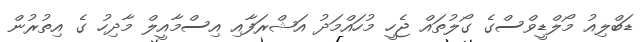
ޑަބްލިއު މޯލްޑީވްސްގެ ގޯލުތައް ޖެހީ މުހައްމަދު އަޝްރަފާއި އިސްމާއީލް މާދިހު ގެ އިތުރުން